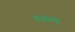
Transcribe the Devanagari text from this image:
बज़वर्दी